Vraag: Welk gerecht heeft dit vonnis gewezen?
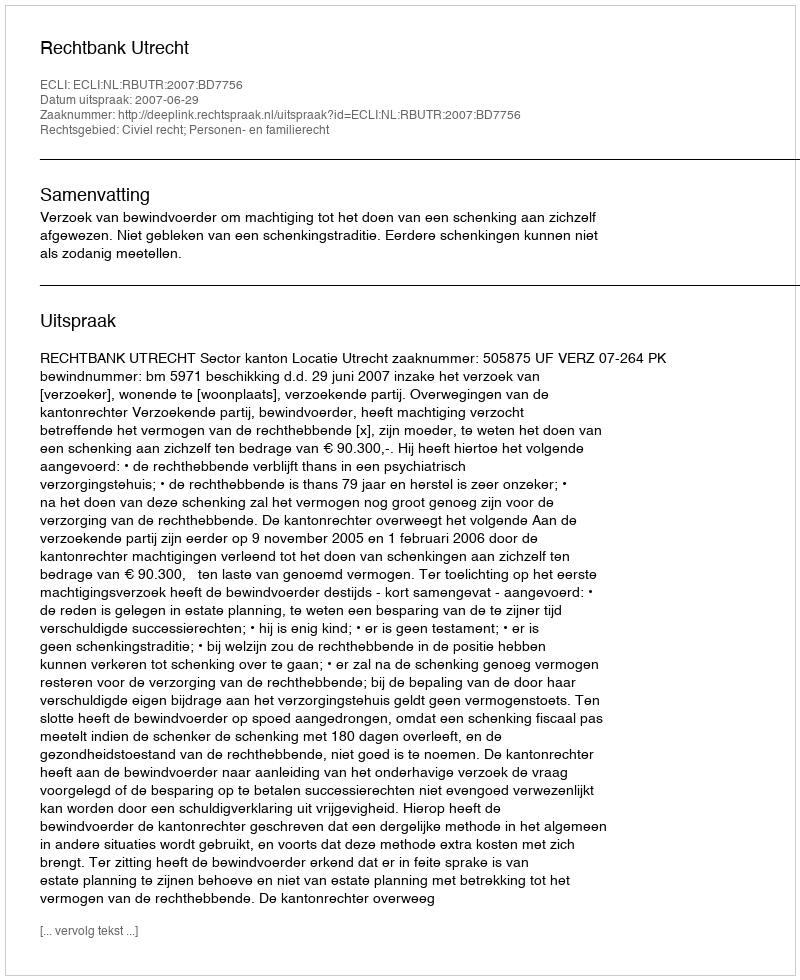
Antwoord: Rechtbank Utrecht